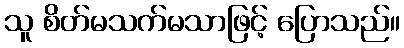
သူ စိတ်မသက်မသာဖြင့် ပြောသည်။